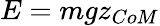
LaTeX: E=mgz_{CoM}